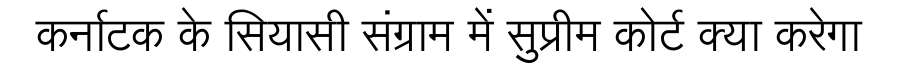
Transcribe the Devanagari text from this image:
कर्नाटक के सियासी संग्राम में सुप्रीम कोर्ट क्या करेगा